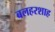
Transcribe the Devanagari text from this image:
बलहरशाह